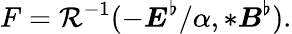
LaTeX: F=\mathcal{R}^{-1}(-\boldsymbol{E}^{\flat}/\alpha,*\boldsymbol{B}^{\flat}).